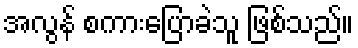
အလွန် စကားပြောခဲသူ ဖြစ်သည်။